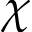
\chi